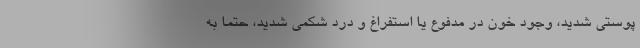
پوستی شدید، وجود خون در مدفوع یا استفراغ و درد شکمی شدید، حتماً به